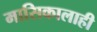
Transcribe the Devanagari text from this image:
मासिकालाही